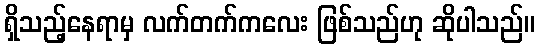
ရှိသည့်နေရာမှ လက်တက်ကလေး ဖြစ်သည်ဟု ဆိုပါသည်။